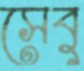
সেবু